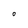
Character: O